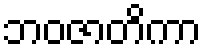
ဘဝဇာတိကာ